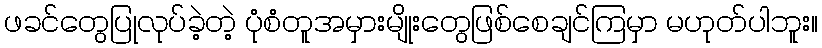
ဖခင်တွေပြုလုပ်ခဲ့တဲ့ ပုံစံတူအမှားမျိုးတွေဖြစ်စေချင်ကြမှာ မဟုတ်ပါဘူး။